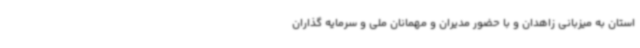
استان به میزبانی زاهدان و با حضور مدیران و مهمانان ملی و سرمایه گذاران